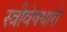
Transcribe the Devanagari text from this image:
स्त्रीवेषधारी